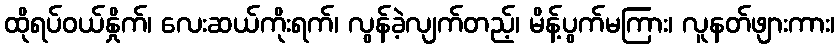
ထိုရပ်ဝယ်နှိုက်၊ လေးဆယ်ကိုးရက်၊ လွန်ခဲ့လျက်တည့်၊ မိန့်ပွက်မကြား၊ လူနတ်ဖျားကား၊